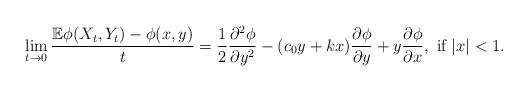
LaTeX: \begin{align*}\lim_{t \to 0} \frac{\mathbb{E} \phi(X_t,Y_t) - \phi(x,y)}{t} =\dfrac{1}{2} \dfrac{\partial^2 \phi}{\partial y^2} - (c_0 y + kx) \dfrac{\partial \phi}{\partial y} + y \dfrac{\partial \phi}{\partial x}, \mbox{ if } |x| <1.\end{align*}